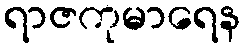
ရာဇကုမာရေန